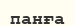
панға